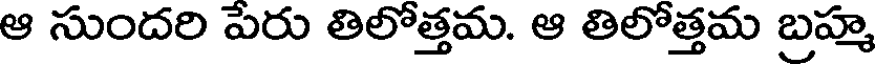
ఆ సుందరి పెరు తిలోత్తమ. ఆ తిలోత్తమ బ్రహ్మ